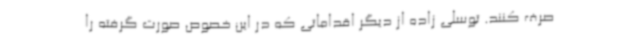
صرف کنند. توسلی زاده از دیگر اقداماتی که در این خصوص صورت گرفته را